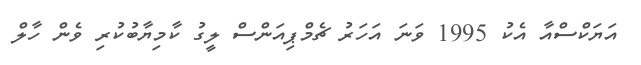
އަޔަކްސްއާ އެކު 1995 ވަނަ އަހަރު ޗެމްޕިއަންސް ލީގު ކާމިޔާބުކުރި ވެން ހާލް